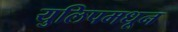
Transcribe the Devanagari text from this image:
युलिपमधून